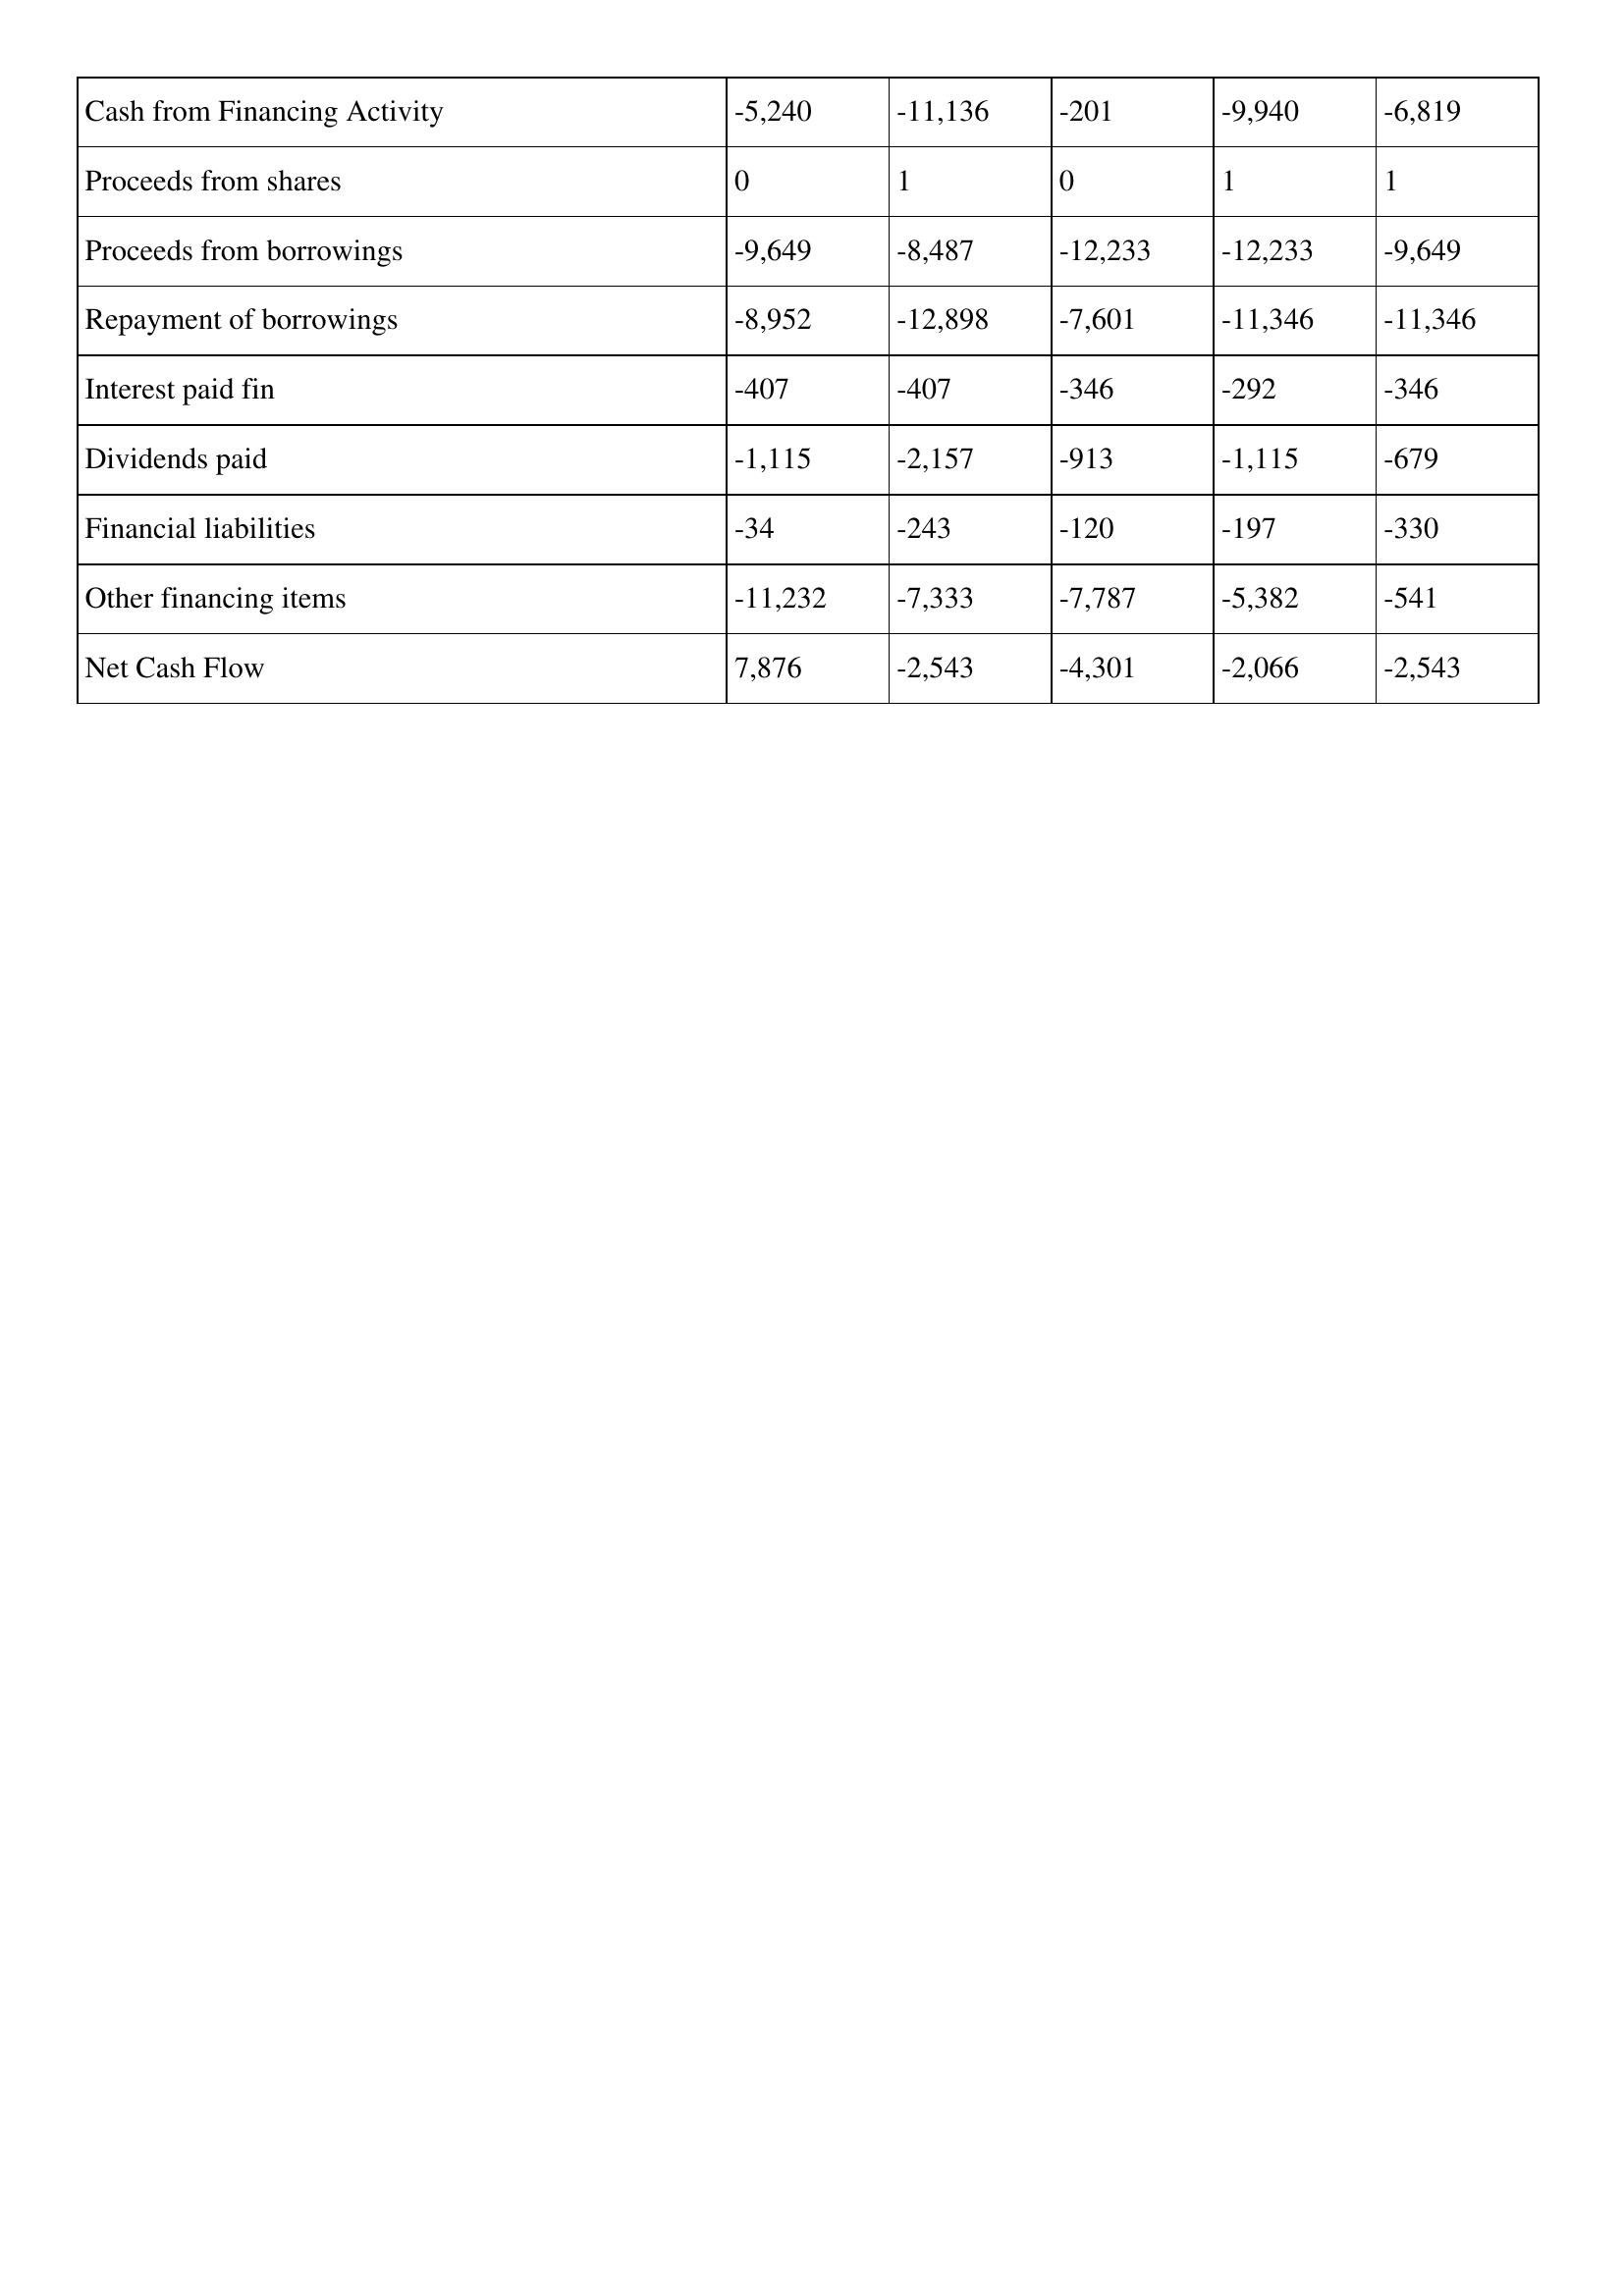
gt_parse: 2001: Cash Flows: Cash from Financing Activity: -5,240
Proceeds from shares: 0
Proceeds from borrowings: -9,649
Repayment of borrowings: -8,952
Interest paid fin: -407
Dividends paid: -1,115
Financial liabilities: -34
Other financing items: -11,232
Net Cash Flow: 7,876
2000: Cash Flows: Cash from Financing Activity: -11,136
Proceeds from shares: 1
Proceeds from borrowings: -8,487
Repayment of borrowings: -12,898
Interest paid fin: -407
Dividends paid: -2,157
Financial liabilities: -243
Other financing items: -7,333
Net Cash Flow: -2,543
1999: Cash Flows: Cash from Financing Activity: -201
Proceeds from shares: 0
Proceeds from borrowings: -12,233
Repayment of borrowings: -7,601
Interest paid fin: -346
Dividends paid: -913
Financial liabilities: -120
Other financing items: -7,787
Net Cash Flow: -4,301
1998: Cash Flows: Cash from Financing Activity: -9,940
Proceeds from shares: 1
Proceeds from borrowings: -12,233
Repayment of borrowings: -11,346
Interest paid fin: -292
Dividends paid: -1,115
Financial liabilities: -197
Other financing items: -5,382
Net Cash Flow: -2,066
1997: Cash Flows: Cash from Financing Activity: -6,819
Proceeds from shares: 1
Proceeds from borrowings: -9,649
Repayment of borrowings: -11,346
Interest paid fin: -346
Dividends paid: -679
Financial liabilities: -330
Other financing items: -541
Net Cash Flow: -2,543